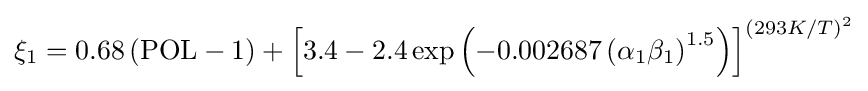
\xi _{1}=0.68\left({\text{POL}}-1\right)+\left[3.4-2.4\exp \left(-0.002687\left(\alpha _{1}\beta _{1}\right)^{1.5}\right)\right]^{\left(293K/T\right)^{2}}